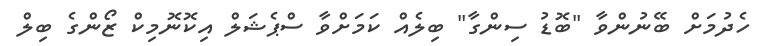
ހެދުމަށް ބޭނުންވާ "ބޮޑު ސިންގާ" ބިލެއް ކަމަށްވާ ސްޕެޝަލް އިކޮނޮމިކް ޒޯންގެ ބިލް